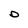
Character: D